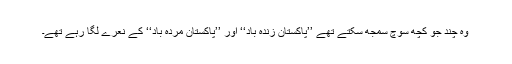
وہ چند جو کچھ سوچ سمجھ سکتے تھے ’’پاکستان زندہ باد‘‘ اور ’’پاکستان مردہ باد‘‘ کے نعرے لگا رہے تھے۔